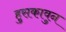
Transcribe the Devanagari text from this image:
हुसकावुन